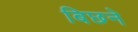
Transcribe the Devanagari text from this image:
बिछने